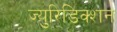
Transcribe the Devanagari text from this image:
ज्युरिडिक्शन